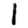
Digit: 1